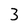
Character: 3